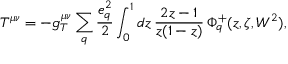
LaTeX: T ^ { \mu \nu } = - g _ { T } ^ { \mu \nu } \sum _ { q } \frac { e _ { q } ^ { 2 } } { 2 } \int _ { 0 } ^ { 1 } d z \, \frac { 2 z - 1 } { z ( 1 - z ) } \, \Phi _ { q } ^ { + } ( z , \zeta , W ^ { 2 } ) ,